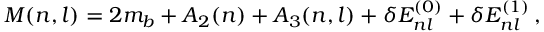
M ( n , l ) = 2 m _ { b } + A _ { 2 } ( n ) + A _ { 3 } ( n , l ) + \delta E _ { n l } ^ { ( 0 ) } + \delta E _ { n l } ^ { ( 1 ) } \, ,